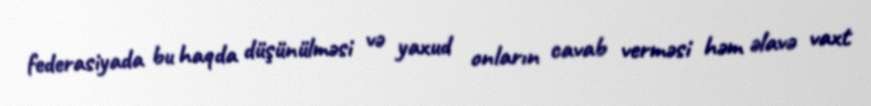
federasiyada bu haqda düşünülməsi və yaxud onların cavab verməsi həm əlavə vaxt